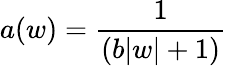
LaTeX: a(w)=\frac{1}{(b|w|+1)}